Vaccine operations Central Provinces 1868-1885 - 1868-1885
Year: 1868
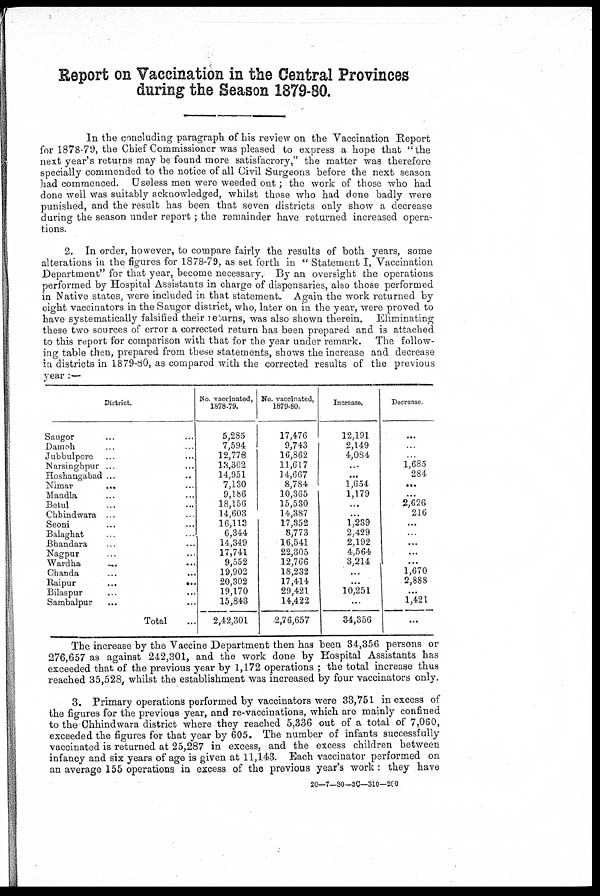
Report on Vaccination in the Central Provinces
during the Season 1879-80.
In the concluding paragraph of his review on the Vaccination Report
for 1878-79, the Chief Commissioner was pleased to express a hope that " the
next year's returns may be found more satisfacrory," the matter was therefore
specially commended to the notice of all Civil Surgeons before the next season
had commenced. Useless men were weeded out; the work of those who had
done well was suitably acknowledged, whilst those who had done badly were
punished, and the result has been that seven districts only show a decrease
during the season under report; the remainder have returned increased opera-
tions.
2. In order, however, to compare fairly the results of both years, some
alterations in the figures for 1878-79, as set forth in " Statement I, Vaccination
Department" for that year, become necessary. By an oversight the operations
performed by Hospital Assistants in charge of dispensaries, also those performed
in Native states, were included in that statement. Again the work returned by
eight vaccinators in the Saugor district, who, later on in the year, were proved to
have systematically falsified their returns, was also shown therein. Eliminating
these two sources of error a corrected return has been prepared and is attached
to this report for comparison with that for the year under remark. The follow-
ing table then, prepared from these statements, shows the increase and decrease
in districts in 1879-80, as compared with the corrected results of the previous
year :—
District.
Saugor... ... ...
Damoh... ... ...
Jubbulpore ... ...
Narsinghpur... ...
Hoshangabad... ...
Nimar... ... ... ...
Mandla... ... ...
Betul... ... ...
Chbindwara... ...
Seoni... ... ...
Balaghat... ... ... ...
Bhandara... ... ...
Nagpur... ... ...
Wardha...
...
...
Chanda...
...
...
...
Raipur...
...
...
...
Bilaspur... ... ...
Sambalpur... ... ...
Total... ...
No. vaccinated,
1878-79.
5,285
7,594
12,778
18,302
14,951
7,130
9,186
18,156
14,603
16,113
6,344
14,349
17,741
9,552
19,902
20,302
19,170
15,843
2,42,301
No. vaccinated,
1879-80.
17,476
9,743
16,862
11,617
14,667
8,784
10,365
15,530
14,387
17,352
8,773
16,541
22,305
12,766
18,232
17,414
29,421
14,422
2,76,657
Increase.
12,191
2,149
4,084
...
...
1,654
1,179
...
...
1,239
2,429
2,192
4,564
3,214
...
...
10,251
...
34,356
Decrease.
...
...
...
1,685
284
...
...
2,626
216
...
...
...
...
...
1,670
2,888
...
1,421
...
The increase by the Vaccine Department then has been 34,356 persons or
276,657 as against 242,301, and the work done by Hospital Assistants has
exceeded that of the previous year by 1,172 operations ; the total increase thus
reached 35,528, whilst the establishment was increased by four vaccinators only.
3. Primary operations performed by vaccinators were 33,751 in excess of
the figures for the previous year, and re-vaccinations, which are mainly confined
to the Chhindwara district where they reached 5,336 out of a total of 7,060,
exceeded the figures for that year by 605. The number of infants successfully
vaccinated is returned at 25,287 in excess, and the excess children between
infancy and six years of age is given at 11,143. Bach vaccinator performed on
an average 155 operations in excess of the previous year's work: they have
20—7—80—30—310—260